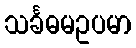
သင်္ခဓမဥပမာ